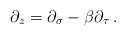
LaTeX: \begin{align*}\partial_z = \partial_\sigma-\beta \partial_\tau\,.\end{align*}